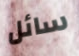
سائل